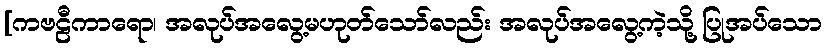
[ကဗဠီကာရော၊ အလုပ်အလွေ့မဟုတ်သော်လည်း အလုပ်အလွေ့ကဲ့သို့ ပြုအပ်သော